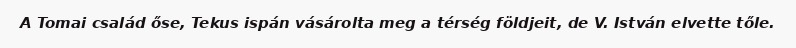
A Tomai család őse, Tekus ispán vásárolta meg a térség földjeit, de V. István elvette tőle.